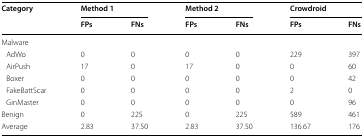
<table><thead><tr><td rowspan="2"><b>Category</b></td><td colspan="2"><b>Method 1</b></td><td colspan="2"><b>Method 2</b></td><td colspan="2"><b>Crowdroid</b></td></tr><tr><td><b>FPs</b></td><td><b>FNs</b></td><td><b>FPs</b></td><td><b>FNs</b></td><td><b>FPs</b></td><td><b>FNs</b></td></tr></thead><tbody><tr><td colspan="7">Malware</td></tr><tr><td> AdWo</td><td>0</td><td>0</td><td>0</td><td>0</td><td>229</td><td>397</td></tr><tr><td> AirPush</td><td>17</td><td>0</td><td>17</td><td>0</td><td>0</td><td>60</td></tr><tr><td> Boxer</td><td>0</td><td>0</td><td>0</td><td>0</td><td>0</td><td>42</td></tr><tr><td> FakeBattScar</td><td>0</td><td>0</td><td>0</td><td>0</td><td>2</td><td>0</td></tr><tr><td> GinMaster</td><td>0</td><td>0</td><td>0</td><td>0</td><td>0</td><td>96</td></tr><tr><td>Benign</td><td>0</td><td>225</td><td>0</td><td>225</td><td>589</td><td>461</td></tr><tr><td>Average</td><td>2.83</td><td>37.50</td><td>2.83</td><td>37.50</td><td>136.67</td><td>176</td></tr></tbody></table>